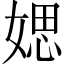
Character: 媤